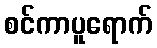
စင်ကာပူရောက်